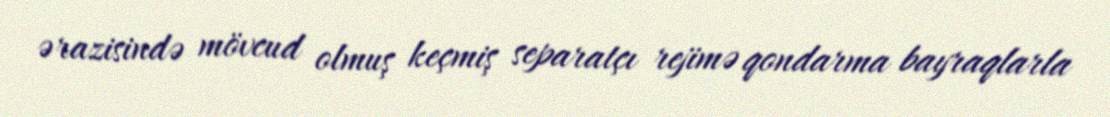
ərazisində mövcud olmuş keçmiş separatçı rejimə qondarma bayraqlarla